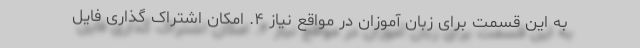
به این قسمت برای زبان آموزان در مواقع نیاز ۴. امکان اشتراک گذاری فایل